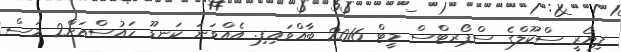
ފިޔޯރީ ސްކޫލްގެ ސްޕޯރޓްސް މީޓް 2016 ބާއްވައިފި. އެއްވަނަ ކަނޑޫ ހައުސްއަށް2 މަސް